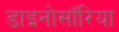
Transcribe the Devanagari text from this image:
डाइनोसॉरिया